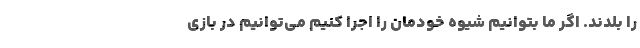
را بلدند. اگر ما بتوانیم شیوه خودمان را اجرا کنیم می‌توانیم در بازی